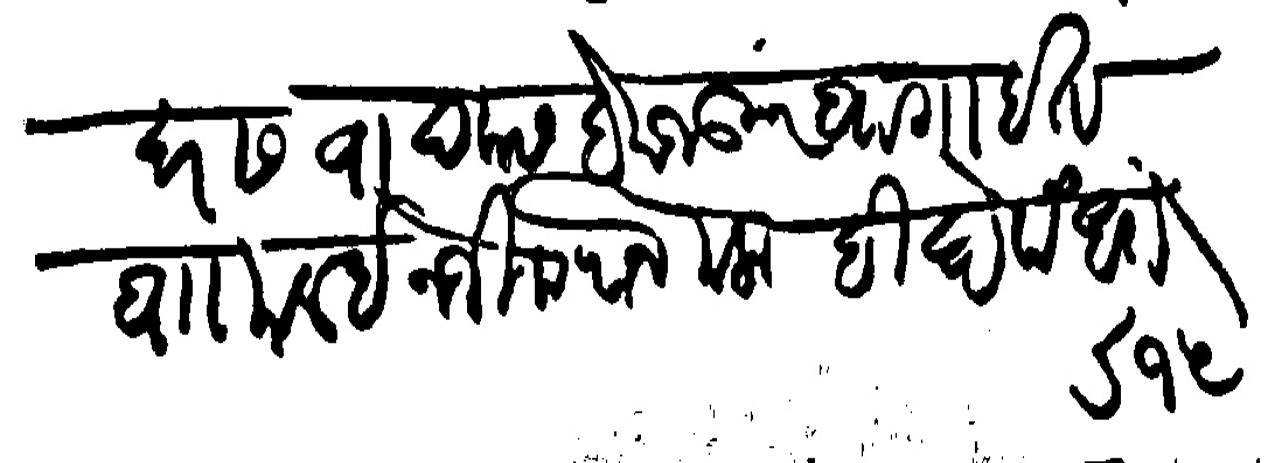
Transliteration (Devanagari): दर सवाद कसबे मजकूर बागाईत वाा मलई नजीक राजमळा विघे पंधरा